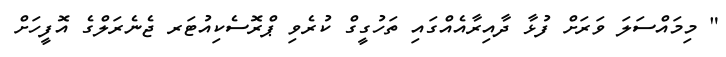
" މިމައްސަލަ ވަރަށް ފުޅާ ދާއިރާއެއްގައި ތަހުގީގް ކުރެވި ޕްރޮސެކިއުޓަރ ޖެނެރަލްގެ އޮފީހަށް